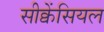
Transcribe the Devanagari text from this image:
सीक्वेंसियल